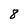
Character: 8